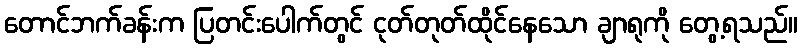
တောင်ဘက်ခန်းက ပြတင်းပေါက်တွင် ငုတ်တုတ်ထိုင်နေသော ချာရုကို တွေ့ရသည်။